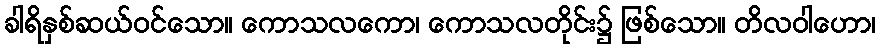
ခါရိနှစ်ဆယ်ဝင်သော။ ကောသလကော၊ ကောသလတိုင်း၌ ဖြစ်သော။ တိလဝါဟော၊